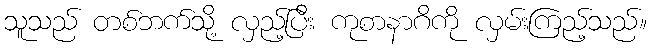
သူသည် တစ်ဘက်သို့ လှည့်ပြီး ကုစာနာဂိကို လှမ်းကြည့်သည်။